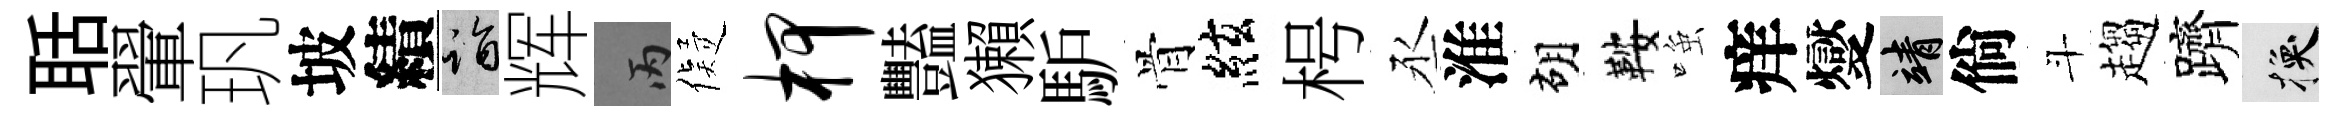
聒翬㺬坡績诣辉丙儗柙豔獺馿骨絃枵丞淮胡鞍𫪻痒燮靖倘斗趨躋换